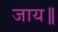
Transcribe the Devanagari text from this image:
जाय॥